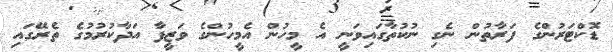
ޑޮކްޓަރުންގެ ފަރާތުން ނެގި ނުކުތާގައިވަނީ އެ މީހުން އެމީހުންގެ ވަޒީފާ އަދާކުރުމުގެ ތެރޭގައި